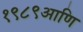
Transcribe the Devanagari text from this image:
१९८९आणि